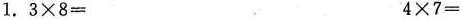
$$1 . 3 \times 8 =$$ $$4 \times 7 =$$